Lunatic asylums United Provinces 1899-1908 - 1899-1908
Year: 1899
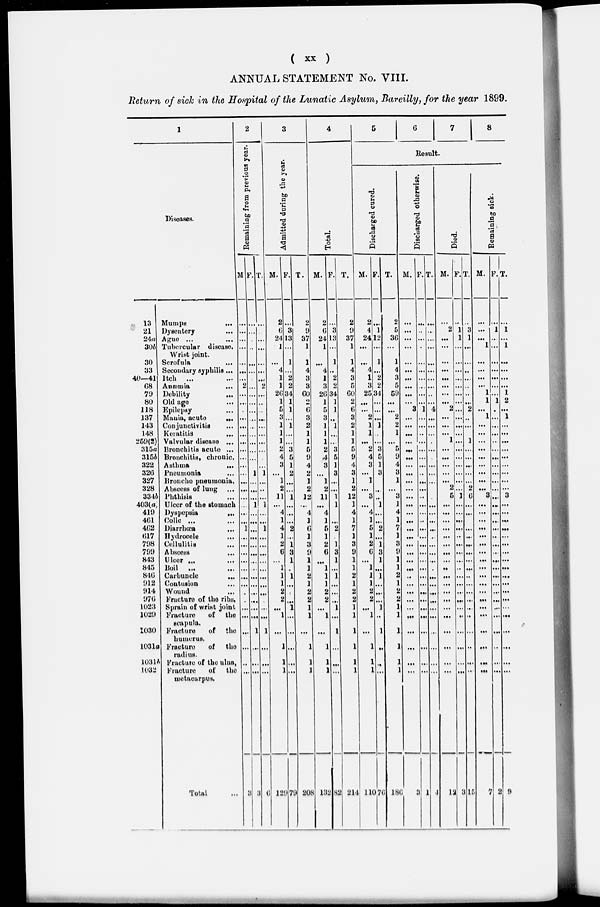
( xx )
ANNUAL STATEMENT No. VIII.
Return of sick in the Hospital of the Lunatic Asylum, Bareilly, for the year 1899.
1
Diseases.
13
21
24a
30b
30
33
40—41
68
79
80
118
137
143
148
259(2)
315a
315b
322
326
327
328
334b
403(a)
419
461
462
617
798
799
843
845
846
912
914
976
1023
1029
1030
1031a
1031b
1032
Mumps
...
Dysentery ...
Ague ... ...
Tubercular disease.
Wrist joint.
Scrofula ...
Secondary syphilis...
Itch
...
...
Anæmia
...
Debility ...
Old age ...
Epilepsy ...
Mania,
acute
...
Conjunctivitis ...
Keratitis
...
Valvular disease ...
Bronchitis acute ...
Bronchitis, chronic,
Asthma
...
Pneumonia
Broncho pneumonia,
Abscess of lung ...
Phthisis ...
Ulcer of the stomach
Dyspepsia ...
Colic ... ...
Diarrhœa
...
Hydrocele ...
Cellulitis ...
Abscess
...
Ulcer ... ...
Boil ... ...
Carbuncle
...
Contusion ...
Wound ...
Fracture of the ribs.
Sprain of wrist joint
Fracture
of the
scapula.
Fracture
of the
humerus.
Fracture
of the
radius.
Fracture of the ulna ,
Fracture
of the
metacarpus.
Total ...
2
Remaining from previous year.
M
...
...
...
...
...
...
...
2
...
...
...
...
...
...
...
...
...
...
...
...
...
...
...
...
...
1
...
...
...
...
...
...
...
...
...
...
...
...
...
...
...
3
F.
...
...
...
...
...
...
...
...
...
...
...
...
...
...
...
...
...
...
...1
...
...
...
...1
...
...
...
...
...
...
...
...
...
...
...
...
...
...
...1
...
...
...
3
T.
...
...
...
...
...
...
...
2
...
...
...
...
...
...
...
...
...
...
1
...
...
...
1
...
...
1
......
...
...
...
...
...
...
...
...
...
...
1
...
...
...
6
3
Admitted during the year.
M.
2
6
24
1
...
4
1
1
26
1
5
3
1
1
1
2
4
3
...
1
2
11
...
4
1
4
1
2
6
...
1
1
1
2
2
...
1
...
1
1
1
129
F.
...
3
13
...
1
...
2
2
34
1
1
...
1
...
...
3
5
1
2
...
...
1
...
...
...
2
...
1
3
1
...
1
...
...
...
1
...
...
...
...
...
70
T.
2
9
37
1
1
4
3
3
60
2
6
3
2
1
1
5
9
4
2
1
2
12
...
4
1
6
1
3
9
1
1
2
1
2
2
1
1
...
1
1
1
208
4
Total.
M.
2
6
24
1
...
4
1
3
26
1
5
3
1
1
1
2
4
3
...
1
2
11
...
4
1
5
1
2
6
...
1
1
1
2
2
...
1
...
1
1
1
132
F.
...
3
13
...
1
...
2
2
34
1
1
...
1
...
...
3
5
1
3
...
...
1
1
...
...
2
...
1
3
1
...
1
...
...
...
1
...
1
...
...
...
82
T.
2
9
37
1
1
4
3
5
60
2
6
3
2
1
1
5
9
4
3
1
2
12
1
4
1
7
1
3
9
1
1
2
1
2
2
2
1
1
1
1
1
214
5
6
7
8
Result.
Discharged cured.
M.
2
4
24
...
...
4
1
3
25
...
...
2
1
1
...
2
4
3
...
1
...
3
...
4
1
5
1
2
6
...
1
1
1
2
2
...
1
...
1
1
1
110
F.
...
1
12
...
1
...
2
2
34
...
...
...
1
...
...
3
5
1
3
...
...
...
1
...
...
2
...
1
3
1
...
1
...
...
...
1
...
1
...
...
...
76
T.
2
5
36
...
1
4
3
5
50
...
...
2
2
1
...
5
9
4
3
1
...
3
1
4
1
7
1
3
9
1
1
2
1
2
2
1
1
1
1
1
1
186
Discharged otherwise.
M.
...
...
...
...
...
...
...
...
...
...
3
...
...
...
...
....
...
...
...
...
...
...
...
...
...
...
...
...
...
...
...
...
...
...
...
...
...
...
...
...
...
3
F.
...
...
...
...
...
...
...
...
...
...
1
...
...
...
...
...
...
...
...
...
...
...
...
...
...
...
...
...
...
...
...
...
...
...
...
...
...
...
...
...
...
1
T.
...
...
...
...
...
...
...
...
...
...
4
...
...
...
...
...
...
...
...
...
...
...
...
...
...
...
...
...
...
...
...
...
...
...
...
...
...
...
...
...
...
4
Died.
M.
...
2
...
...
...
...
...
...
...
...
2
...
...
...
1
...
...
...
...
...
2
5
...
...
...
...
...
...
...
...
...
...
...
...
...
...
...
...
...
...
...
12
F.
...
1
1
...
...
...
...
...
...
...
...
...
...
...
...
...
...
...
...
...
...
1
...
...
...
...
...
...
...
...
...
...
...
...
...
...
...
...
...
...
...
3
T.
...
3
1
...
...
...
...
...
...
...
2
...
...
...
1
...
...
...
...
...
2
6
...
...
...
...
...
...
...
...
...
...
...
...
...
...
...
...
...
...
...
15
Remaining sick.
M.
...
...
...
1
...
...
...
...
1
1
...
1
...
...
...
...
...
...
...
...
...
3
...
...
...
...
...
...
...
...
...
...
...
...
...
...
...
...
...
...
...
7
F.
...
1
...
...
...
...
...
...
...
1
...
...
...
...
...
...
...
...
...
...
...
...
...
...
...
...
...
...
...
...
...
...
...
...
...
...
...
...
...
...
...
2
T.
...
1
...
1
...
...
...
...
1
2
...
1
...
...
...
...
...
...
...
...
...
3
...
...
...
...
...
...
...
...
...
...
...
...
...
...
...
...
...
...
...
9